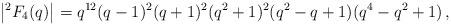
LaTeX: \begin{align*}\left|^2F_4(q)\right| = q^{12} (q-1)^2 (q+1)^2 (q^2+1)^2 (q^2-q+1)(q^4-q^2+1)\,,\end{align*}